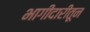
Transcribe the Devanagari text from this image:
भागीदारीतून